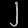
Digit: ၂